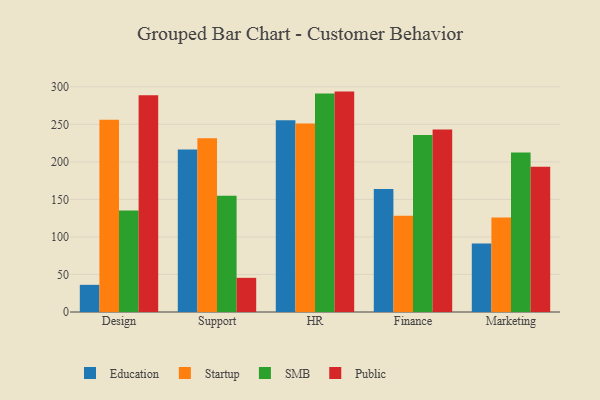
{"axis": {"x": "Department", "y": "Gross Profit (USD K)"}, "legend": ["Education", "Public", "SMB", "Startup"], "data": [{"x": "Design", "y": 36.2, "type": "Education"}, {"x": "Design", "y": 256.1, "type": "Startup"}, {"x": "Design", "y": 135.3, "type": "SMB"}, {"x": "Design", "y": 288.8, "type": "Public"}, {"x": "Support", "y": 216.5, "type": "Education"}, {"x": "Support", "y": 231.6, "type": "Startup"}, {"x": "Support", "y": 154.9, "type": "SMB"}, {"x": "Support", "y": 45.5, "type": "Public"}, {"x": "HR", "y": 255.6, "type": "Education"}, {"x": "HR", "y": 251.2, "type": "Startup"}, {"x": "HR", "y": 291.0, "type": "SMB"}, {"x": "HR", "y": 293.6, "type": "Public"}, {"x": "Finance", "y": 164.0, "type": "Education"}, {"x": "Finance", "y": 128.3, "type": "Startup"}, {"x": "Finance", "y": 235.9, "type": "SMB"}, {"x": "Finance", "y": 243.1, "type": "Public"}, {"x": "Marketing", "y": 91.3, "type": "Education"}, {"x": "Marketing", "y": 126.0, "type": "Startup"}, {"x": "Marketing", "y": 212.4, "type": "SMB"}, {"x": "Marketing", "y": 193.6, "type": "Public"}]}